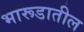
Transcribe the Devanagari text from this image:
भारूडातील